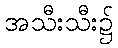
အသီးသီး၌